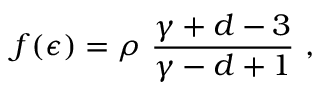
f ( \epsilon ) = \rho ~ { \frac { \gamma + d - 3 } { \gamma - d + 1 } } ~ ,